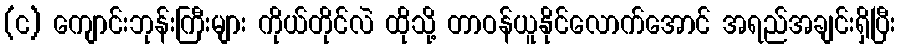
(င) ကျောင်းဘုန်းကြီးများ ကိုယ်တိုင်လဲ ထိုသို့ တာဝန်ယူနိုင်လောက်အောင် အရည်အချင်းရှိပြီး